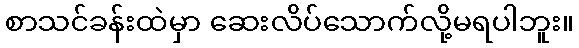
စာသင်ခန်းထဲမှာ ဆေးလိပ်သောက်လို့မရပါဘူး။